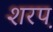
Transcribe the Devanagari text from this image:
शरप़